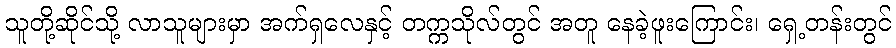
သူတို့ဆိုင်သို့ လာသူများမှာ အက်ရှလေနှင့် တက္ကသိုလ်တွင် အတူ နေခဲ့ဖူးကြောင်း၊ ရှေ့တန်းတွင်